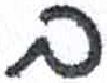
אות: ב